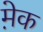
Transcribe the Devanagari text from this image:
मे़क